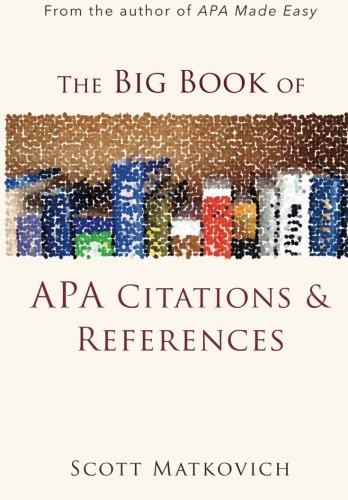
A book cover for The Big Book of APA Citations and References; Scott R Matkovich; Reference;